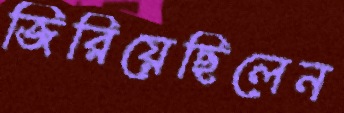
জিরিয়েছিলেন